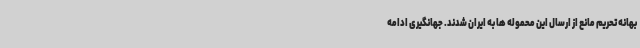
بهانه تحریم مانع از ارسال این محموله ها به ایران شدند. جهانگیری ادامه